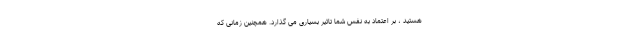
هستید ، بر اعتماد به نفس شما تاثیر بسیاری می گذارد. همچنین زمانی که